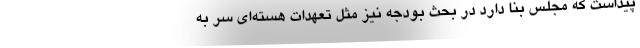
پیداست که مجلس بنا دارد در بحث بودجه نیز مثل تعهدات هسته‌ای سر به